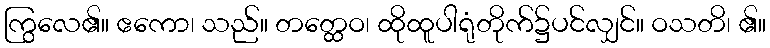
ကြွလေ၏။ ဧကော၊ သည်။ တတ္ထေဝ၊ ထိုထူပါရုံတိုက်၌ပင်လျှင်။ ဝသတိ၊ ၏။